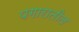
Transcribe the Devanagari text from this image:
पगारातील